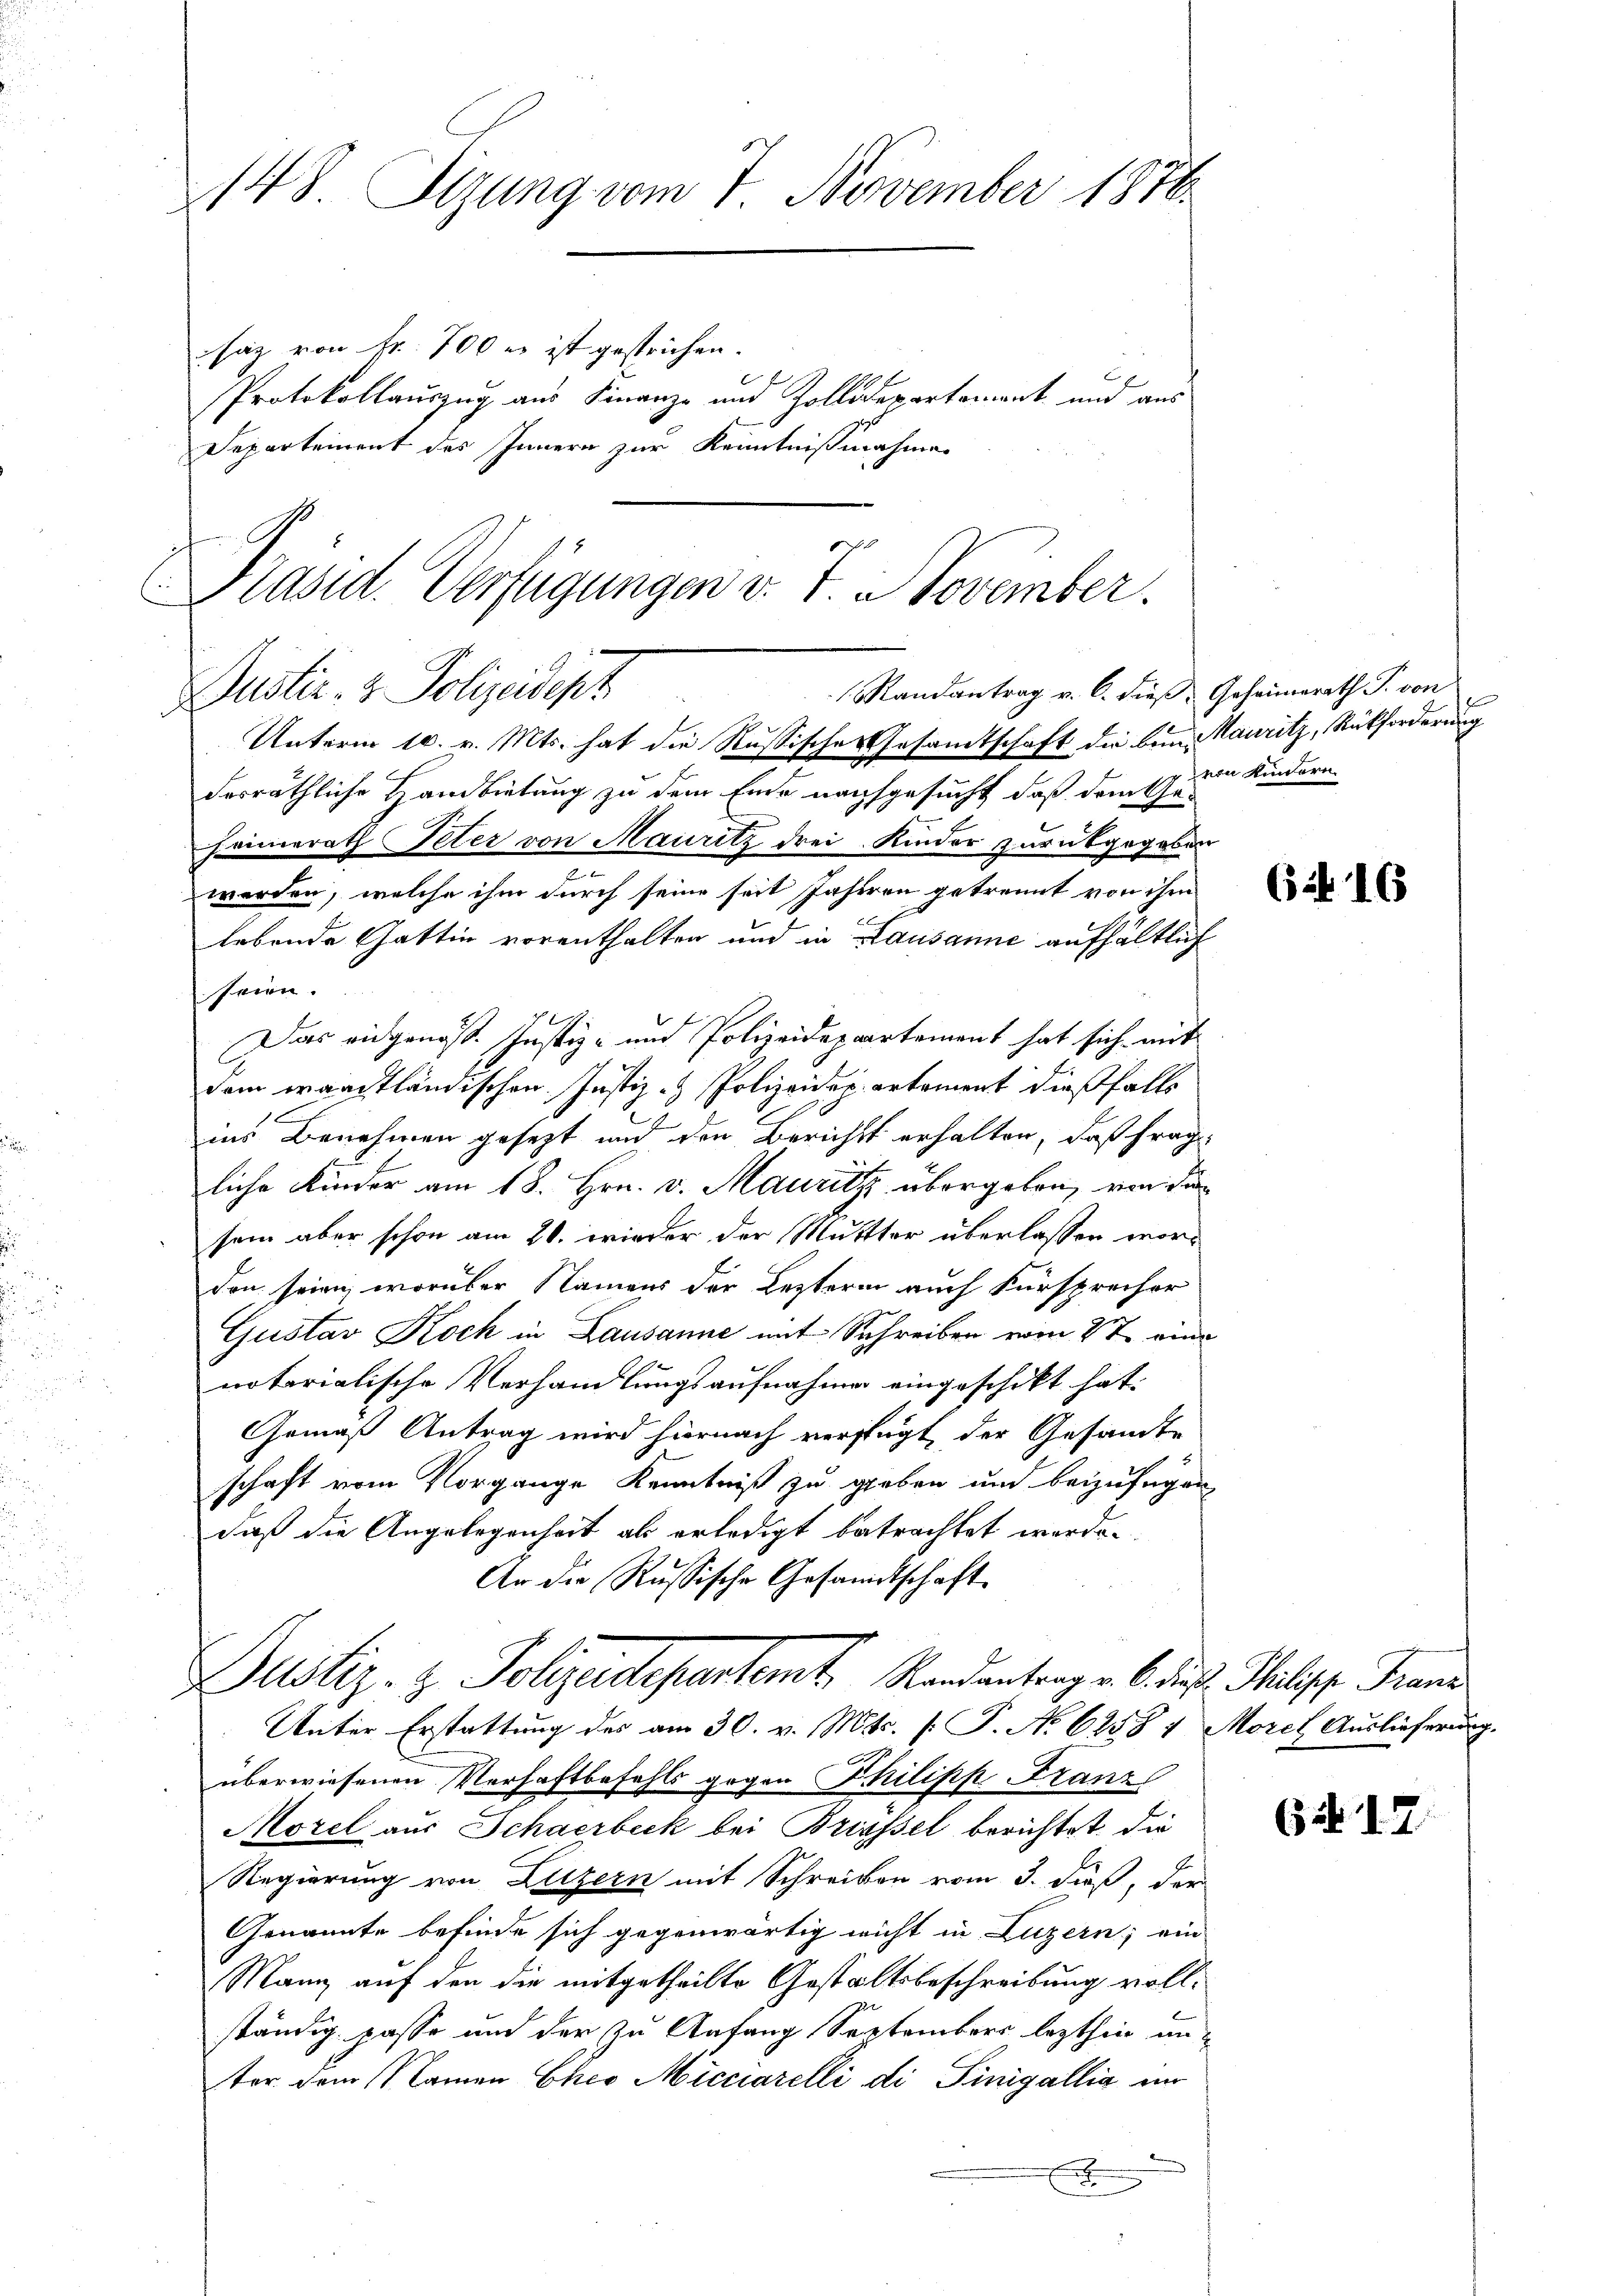
148 Sizung vom 7. November 1876.

saz von Fr. 700 es ist gestrichen.
Departement des Innern zur Kenntnißnahmen

Präsid. Verfügungen v. J. November.
l. Randantrag v. C. dieß Geheimerath J. von
Dustiz- & Polizeidept
Unterm 10. v. Mts. hat die Russisches Gesamtschaft die bin. Mauritz, Rückforderung
desräthliche Handbietung zu dem Ende nachsgesucht, daß dem Ge¬

hamerath Peter von Mauritz drei Kinder zurückgegeben
worden, welche ihm durch seine seit Jahren getrennt von ihm
lebende Gattin vorenthalten und in Lausanne aufhältlich
seien.
Das eidgenöß. Justiz- und Polizeidepartement hat sich mit
dem waadtländischen Justiz- & Polizeidepartement dießfalls
ins Benehmen gesezt und den Berichts erhalten, daß frage
liche Kinder am 18. Hrn. v. Mauritz übergeben, von de
sein aber schon am 20. wieder der Muttter überlassen worden seien, worüber Namens der Lezteren auch Fürsprecher
Gustav Koch in Lausanne mit Schreiben vom 27. eini
notarialische Verhandlungsaufnahme eingeschikt hat.
Gemäß Antrag wird hiernach verfügt der Gesamte
schaft vom Vorgange Kenntniß zu geben und beizufügen
daß die Angelegenheit als erledigt betrachtet werde.
An die Russische Gesandtschaft
Justiz- & Polizeidepartemt. Randantrag v. 6. des Salische Franz
Unter Erstattung des am 30. v. Mts. f. P. N. 6238 4 Morel Auslieferung.
überwiesenen Verhaftbefehls gegen Philipp Franz
Morel aus Schaerbeck bei Briessel berichtet, die
Regierung von Hitzern mit Schreiben vom 3. dieß, der
Genannte befinde sich gegenwärtig nicht in Luzern; ein
Mann auf den die mitgetheilte Gestaltsbeschreibung vollständig passe und der zu Anfang Septembers lezthin unter dem Namen Cheo Micciarelli di Pinigallia in
x

Protokollauszug aus Finanze und Zolldepartemont und aus

von Kindern.

62. 16

6417.